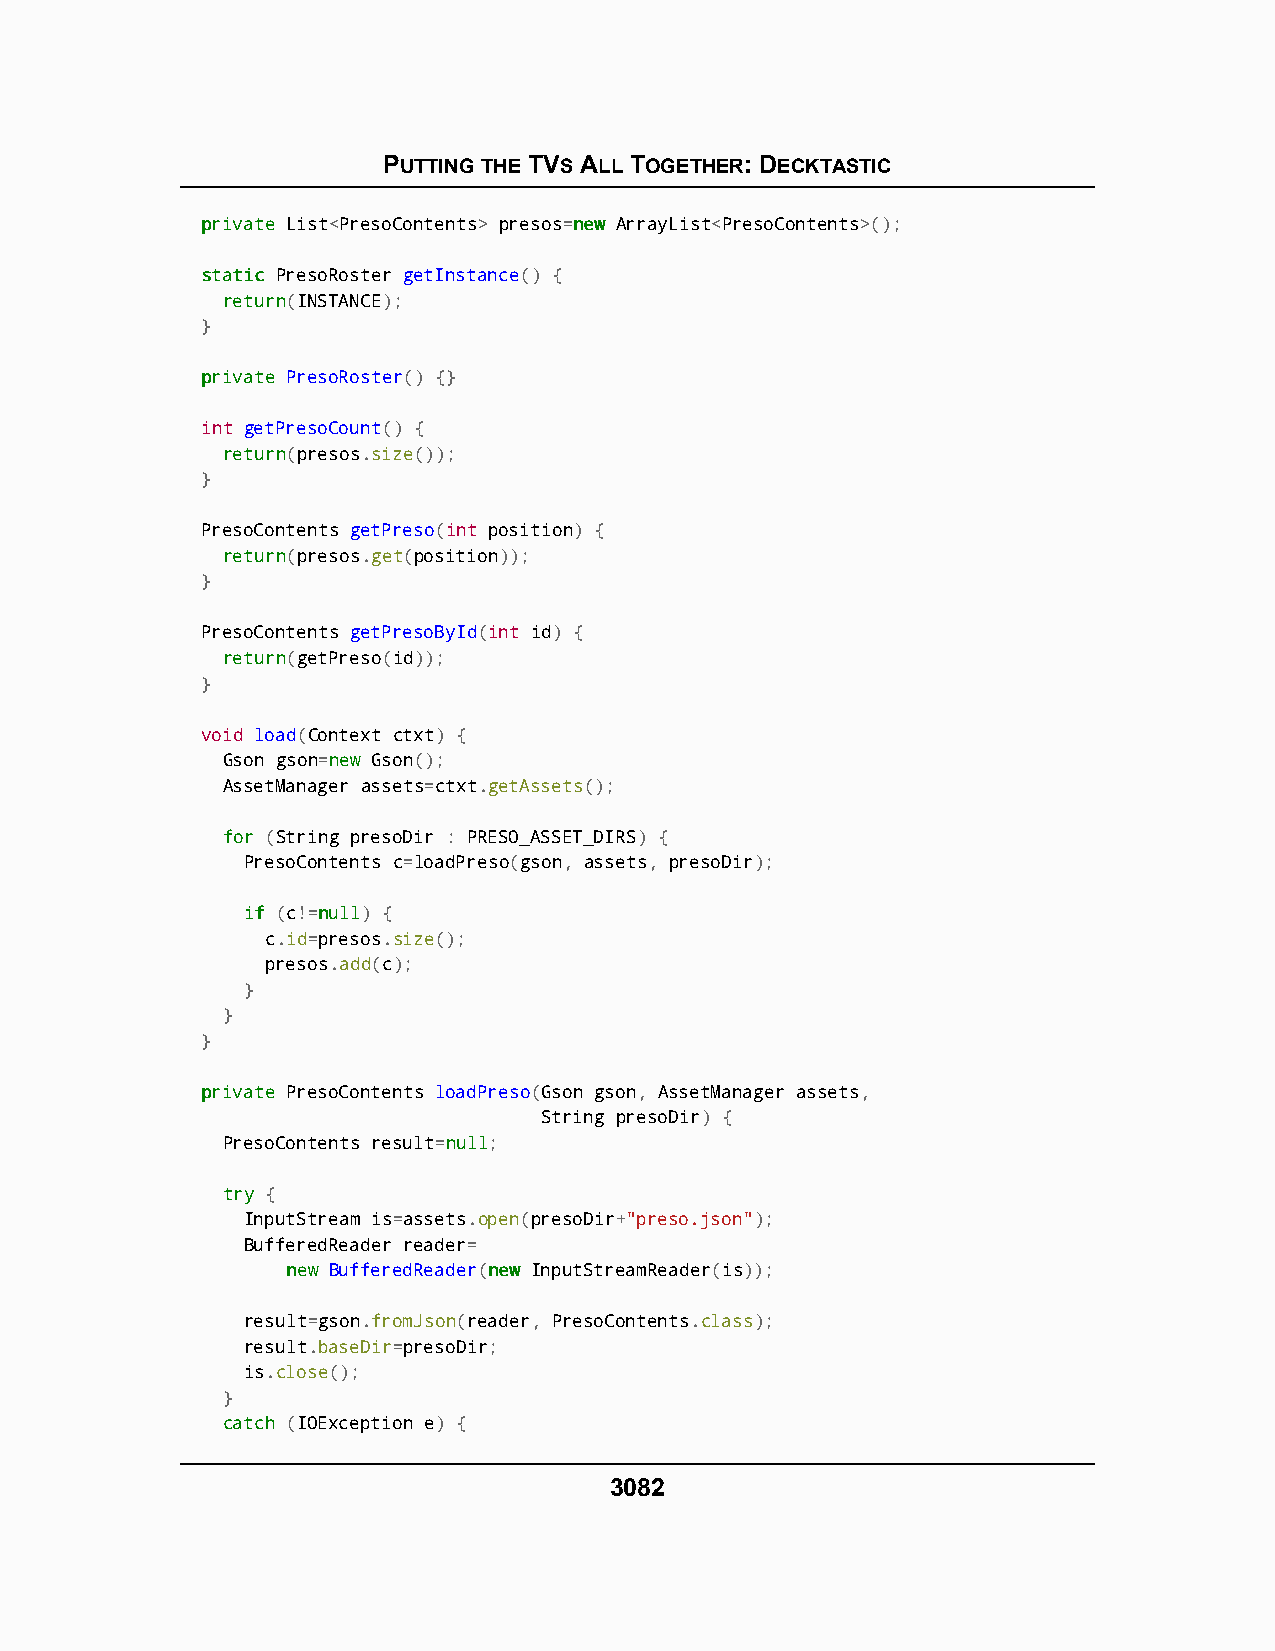
PUTTING THE TVS ALL TOGETHER: DECKTASTIC
 pprriivvaattee List<PresoContents> presos=nneeww ArrayList<PresoContents>();
 ssttaattiicc PresoRoster getInstance() {
 rreettuurrnn(INSTANCE);
 }
 pprriivvaattee PresoRoster() {}
 int getPresoCount() {
 rreettuurrnn(presos.size());
 }
 PresoContents getPreso(int position) {
 rreettuurrnn(presos.get(position));
 }
 PresoContents getPresoById(int id) {
 rreettuurrnn(getPreso(id));
 }
 void load(Context ctxt) {
 Gson gson=nneeww Gson();
 AssetManager assets=ctxt.getAssets();
 ffoorr (String presoDir : PRESO_ASSET_DIRS) {
 PresoContents c=loadPreso(gson, assets, presoDir);
 iiff (c!=nnuullll) {
 c.id=presos.size();
 presos.add(c);
 }
 }
 }
 pprriivvaattee PresoContents loadPreso(Gson gson, AssetManager assets,
 String presoDir) {
 PresoContents result=nnuullll;
 ttrryy {
 InputStream is=assets.open(presoDir+"preso.json");
 BufferedReader reader=
 nneeww BufferedReader(nneeww InputStreamReader(is));
 result=gson.fromJson(reader, PresoContents.class);
 result.baseDir=presoDir;
 is.close();
 }
 ccaattcchh (IOException e) {
 3082